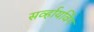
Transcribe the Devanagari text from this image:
सर्व्हायविंग